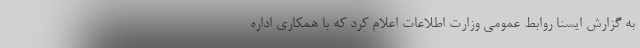
به گزارش ایسنا روابط عمومی وزارت اطلاعات اعلام کرد که با همکاری اداره